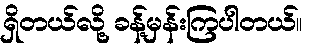
ရှိတယ်လို့ ခန့်မှန်းကြပါတယ်။